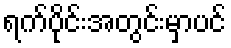
ရက်ပိုင်းအတွင်းမှာပင်